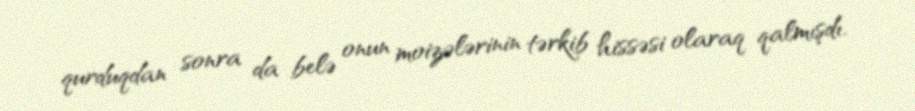
qurduqdan sonra da belə onun moizələrinin tərkib hissəsi olaraq qalmışdı.